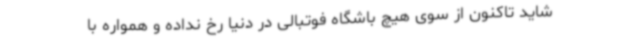
شاید تاکنون از سوی هیچ باشگاه فوتبالی در دنیا رخ نداده و همواره با